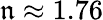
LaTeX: \mathfrak{n}\approx1.76